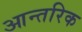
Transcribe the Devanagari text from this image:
आन्‍तरिक